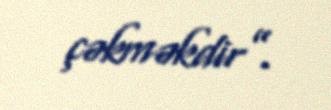
çəkməkdir”.